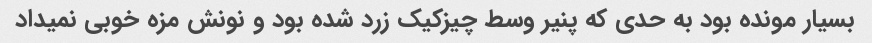
بسیار مونده بود به حدی که پنیر وسط چیزکیک زرد شده بود و نونش مزه خوبی نمیداد